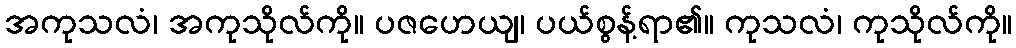
အကုသလံ၊ အကုသိုလ်ကို။ ပဇဟေယျ၊ ပယ်စွန့်ရာ၏။ ကုသလံ၊ ကုသိုလ်ကို။